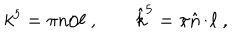
k ^ { 5 } = \pi n / \ell \ , \qquad { \hat { k } } ^ { 5 } = \pi \hat { n } / \ell \ ,